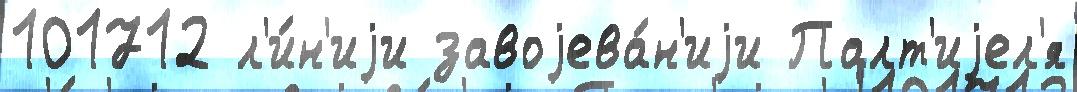
101712 л'и́н'иjи завоjева́н'иjи Палт'иjел'я